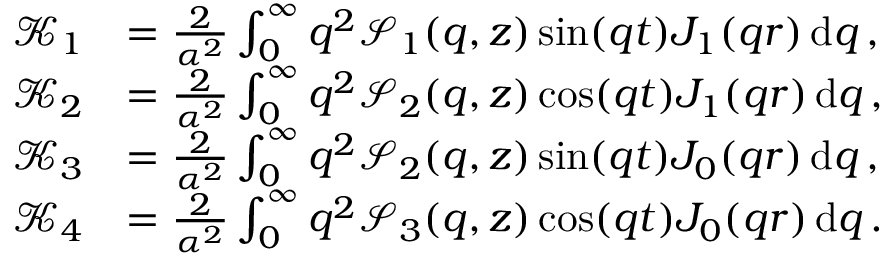
\begin{array} { r l } { \mathcal { K } _ { 1 } } & { = \frac { 2 } { \alpha ^ { 2 } } \int _ { 0 } ^ { \infty } q ^ { 2 } \mathcal { S } _ { 1 } ( q , z ) \sin ( q t ) J _ { 1 } ( q r ) \, \mathrm { d } q \, , } \\ { \mathcal { K } _ { 2 } } & { = \frac { 2 } { \alpha ^ { 2 } } \int _ { 0 } ^ { \infty } q ^ { 2 } \mathcal { S } _ { 2 } ( q , z ) \cos ( q t ) J _ { 1 } ( q r ) \, \mathrm { d } q \, , } \\ { \mathcal { K } _ { 3 } } & { = \frac { 2 } { \alpha ^ { 2 } } \int _ { 0 } ^ { \infty } q ^ { 2 } \mathcal { S } _ { 2 } ( q , z ) \sin ( q t ) J _ { 0 } ( q r ) \, \mathrm { d } q \, , } \\ { \mathcal { K } _ { 4 } } & { = \frac { 2 } { \alpha ^ { 2 } } \int _ { 0 } ^ { \infty } q ^ { 2 } \mathcal { S } _ { 3 } ( q , z ) \cos ( q t ) J _ { 0 } ( q r ) \, \mathrm { d } q \, . } \end{array}